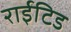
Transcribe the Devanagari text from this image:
राईटिड